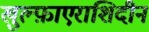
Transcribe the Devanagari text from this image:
खुल्फ़ाएराशिदीन